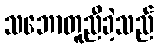
သဘောတူညီခဲ့သည်